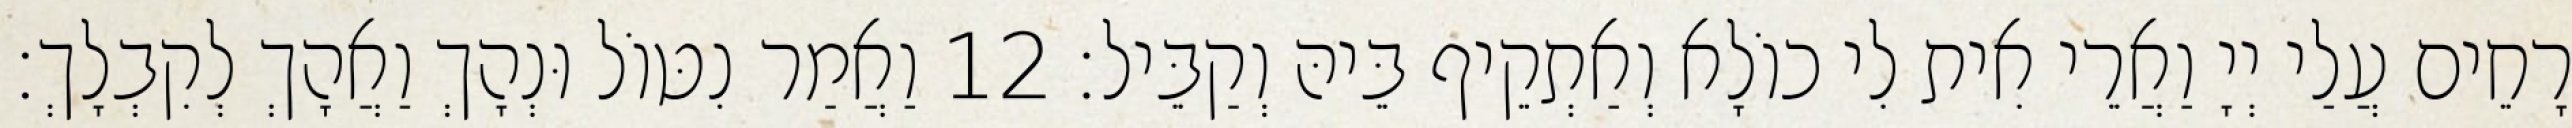
רָחֵים עֲלַי יְיָ וַאֲרֵי אִית לִי כוֹלָא וְאַתְקֵיף בֵּיהּ וְקַבֵּיל׃ 12 וַאֲמַר נִטּוֹל וּנְהָךְ וַאֲהָךְ לְקִבְלָךְ׃